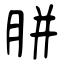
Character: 腁